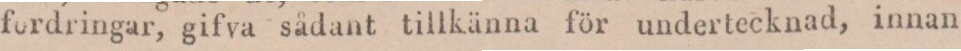
fordringar, gifva sådant tillkänna för undertecknad, innan